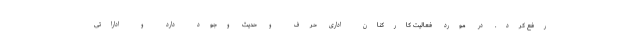
رفع کرد. در مورد فعالیت کارکنان اداری حرف و حدیث وجود دارد و اداراتی